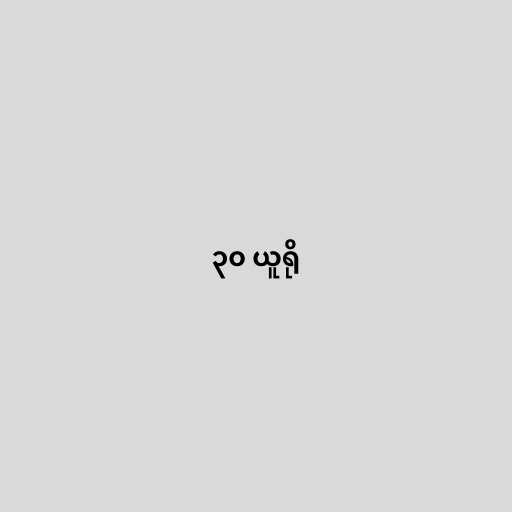
၃၀ ယူရို